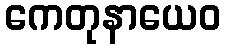
ကေတုနာယေဝ